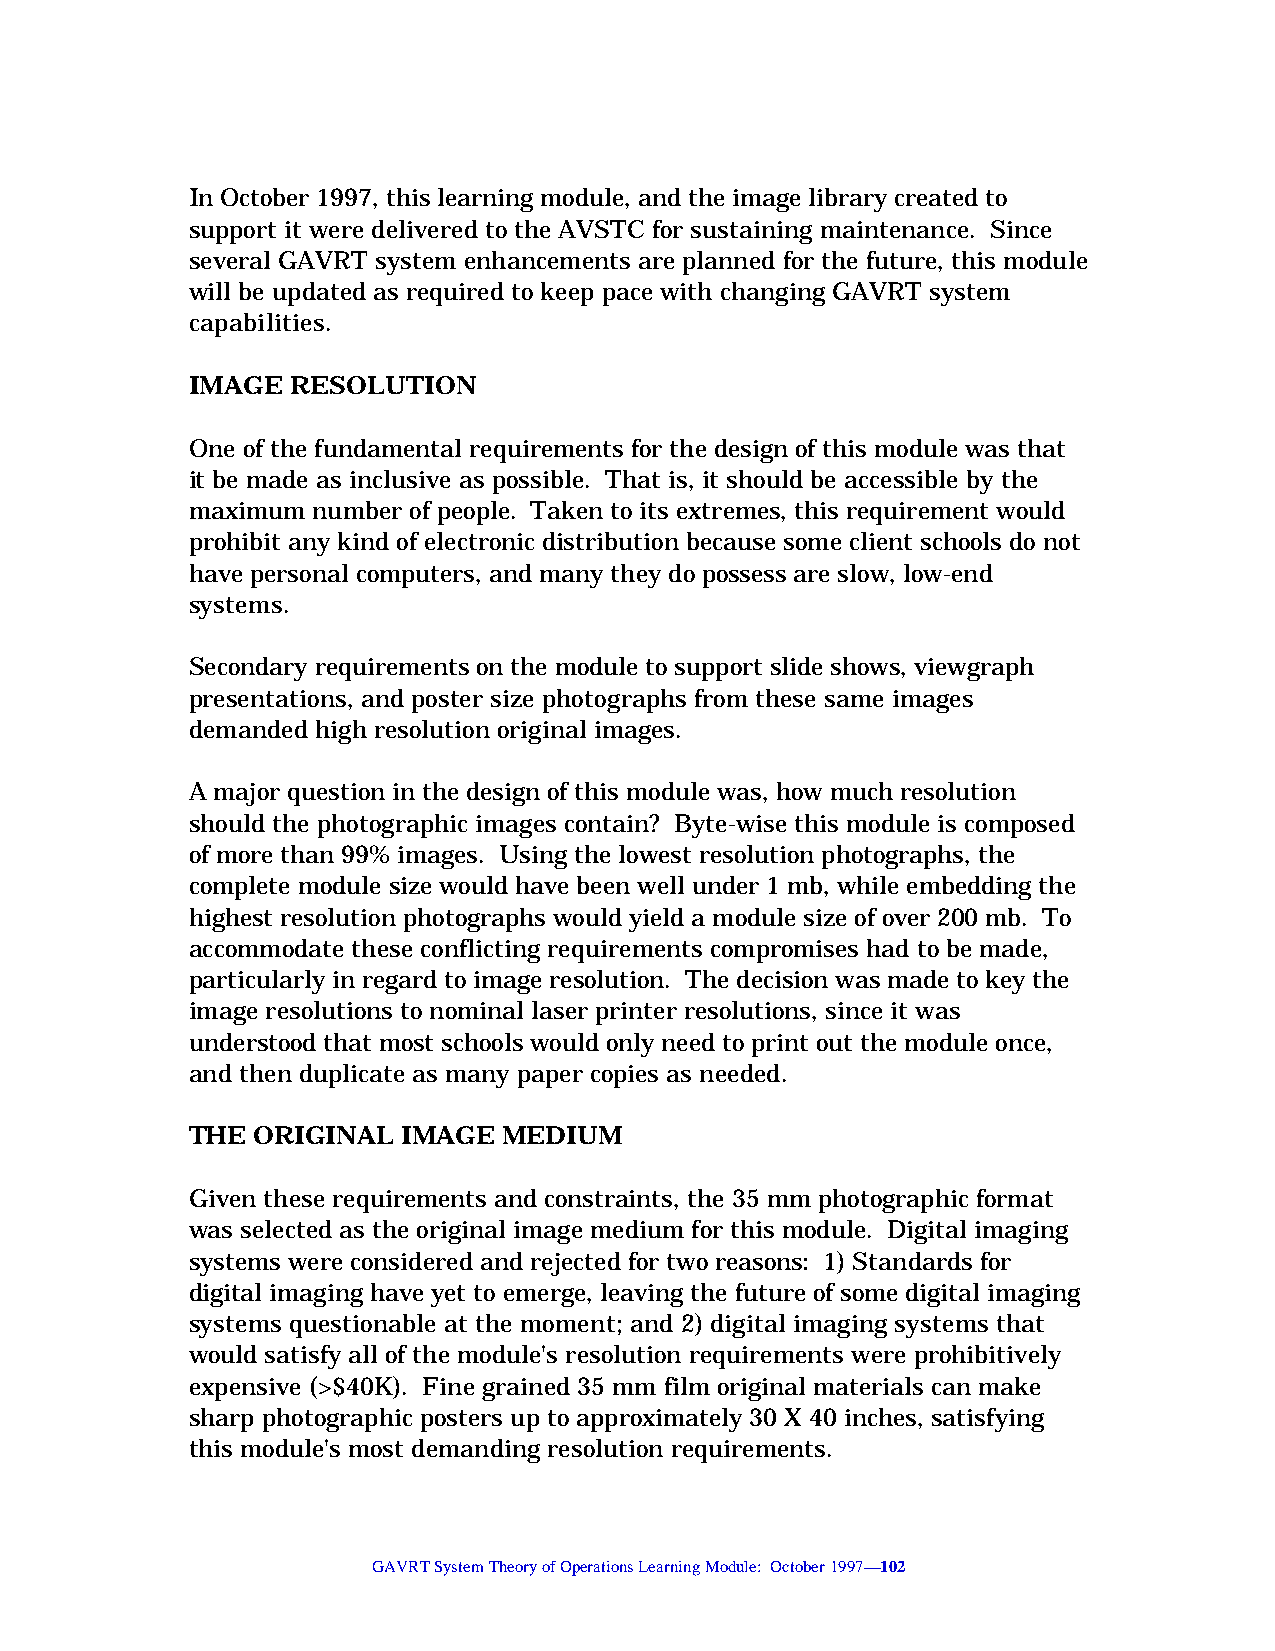
In October 1997, this learning module, and the image library created to
 support it were delivered to the AVSTC for sustaining maintenance. Since
 several GAVRT system enhancements are planned for the future, this module
 will be updated as required to keep pace with changing GAVRT system
 capabilities.
 IMAGE  RESOLUTION
 One of the fundamental requirements for the design of this module was that
 it be made as inclusive as possible. That is, it should be accessible by the
 maximum  number of people. Taken to its extremes, this requirement would
 prohibit any kind of electronic distribution because some client schools do not
 have personal computers, and many they do possess are slow, low-end
 systems.
 Secondary requirements on the module to support slide shows, viewgraph
 presentations, and poster size photographs from these same images
 demanded high resolution original images.
 A major question in the design of this module was, how much resolution
 should the photographic images contain? Byte-wise this module is composed
 of more than 99% images. Using the lowest resolution photographs, the
 complete module size would have been well under 1 mb, while embedding the
 highest resolution photographs would yield a module size of over 200 mb. To
 accommodate these conflicting requirements compromises had to be made,
 particularly in regard to image resolution. The decision was made to key the
 image resolutions to nominal laser printer resolutions, since it was
 understood that most schools would only need to print out the module once,
 and then duplicate as many paper copies as needed.
 THE  ORIGINAL  IMAGE MEDIUM
 Given these requirements and constraints, the 35 mm photographic format
 was selected as the original image medium for this module. Digital imaging
 systems were considered and rejected for two reasons: 1) Standards for
 digital imaging have yet to emerge, leaving the future of some digital imaging
 systems questionable at the moment; and 2) digital imaging systems that
 would satisfy all of the module's resolution requirements were prohibitively
 expensive (>$40K). Fine grained 35 mm film original materials can make
 sharp photographic posters up to approximately 30 X 40 inches, satisfying
 this module's most demanding resolution requirements.
 GAVRT System Theory of Operations Learning Module: October 1997—102